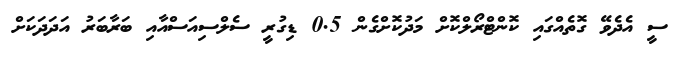
ސީ އެދެވޭ ގޮތެއްގައި ކޮންޓްރޯލްކޮށް މަދުކޮށްގެން 0.5 ޑިގުރީ ސެލްސިއަސްއާއި ބަރާބަރު އަދަދަކަށް